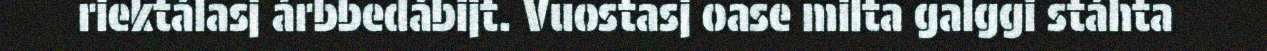
riektálasj árbbedábijt. Vuostasj oase milta galggi stáhta